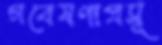
গবেষণাপ্রসূ